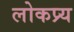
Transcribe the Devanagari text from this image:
लोकप्र्य